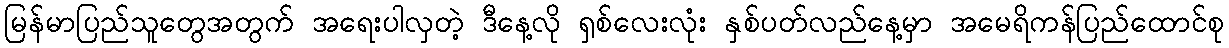
မြန်မာပြည်သူတွေအတွက် အရေးပါလှတဲ့ ဒီနေ့လို ရှစ်လေးလုံး နှစ်ပတ်လည်နေ့မှာ အမေရိကန်ပြည်ထောင်စု